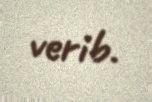
verib.